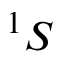
^ 1 S